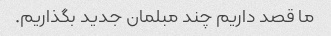
ما قصد داریم چند مبلمان جدید بگذاریم.